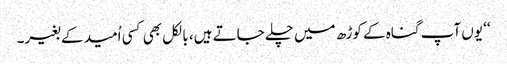
‘‘ یوں آپ گناہ کے کوڑھ میں چلے جاتے ہیں، بالکل بھی کسی اُمید کے بغیر۔